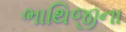
ભાથિજીના